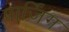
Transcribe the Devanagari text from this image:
पार्जिंग